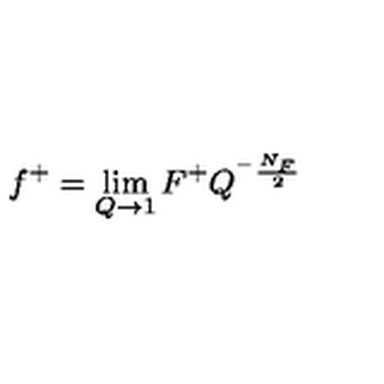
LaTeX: f ^ { + } = \lim _ { Q \rightarrow 1 } F ^ { + } Q ^ { ^ { - } \frac { N _ { F } } 2 }